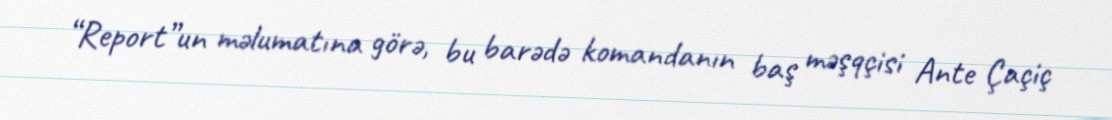
“Report”un məlumatına görə, bu barədə komandanın baş məşqçisi Ante Çaçiç